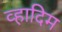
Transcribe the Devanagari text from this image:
व्हादिम